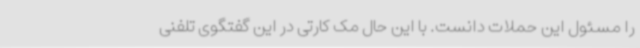
را مسئول این حملات دانست. با این حال مک کارتی در این گفتگوی تلفنی